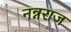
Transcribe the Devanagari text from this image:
नन्नराज